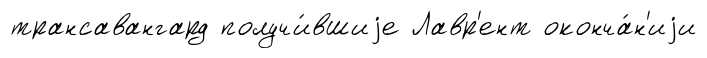
трансавангард получи́вшиjе Лавр'ент оконча́н'иjи